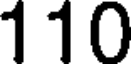
110